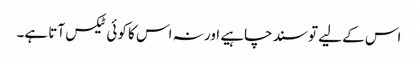
اس کے لیے تو سند چاہیے اور نہ اس کا کوئی ٹیکس آتا ہے۔